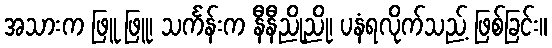
အသားက ဖြူ ဖြူ၊ သင်္ကန်းက နီနီညိုညို၊ ပနံရလိုက်သည့် ဖြစ်ခြင်း။